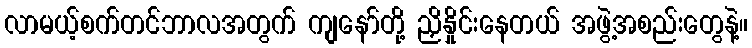
လာမယ့်စက်တင်ဘာလအတွက် ကျနော်တို့ ညှိနှိုင်းနေတယ် အဖွဲ့အစည်းတွေနဲ့။